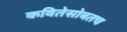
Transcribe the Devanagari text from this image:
कवितेसोबतच